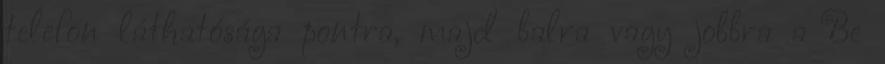
telefon láthatósága pontra, majd balra vagy jobbra a Be